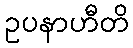
ဥပနာဟီတိ